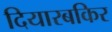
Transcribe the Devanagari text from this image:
दियारबकिर